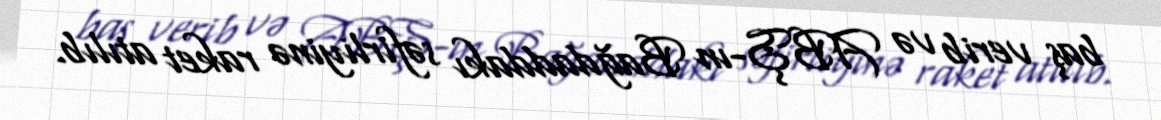
baş verib və ABŞ-ın Bağdaddakı səfirliyinə raket atılıb.